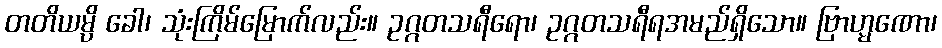
တတိယမ္ပိ ခေါ၊ သုံးကြိမ်မြောက်လည်း။ ဥဂ္ဂတသရီရော၊ ဥဂ္ဂတသရီရအမည်ရှိသော။ ဗြာဟ္မဏော၊